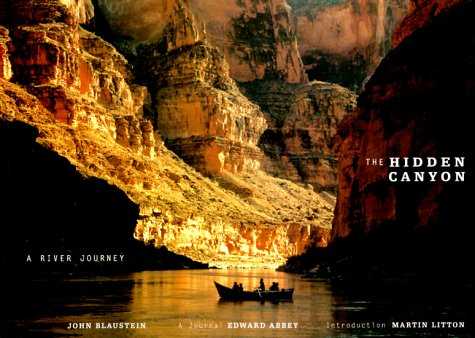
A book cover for The Hidden Canyon: A River Journey; John Blaustein; Travel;